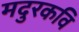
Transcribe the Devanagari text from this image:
मदुरकवि